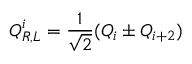
Q _ { R , L } ^ { i } = { \frac { 1 } { \sqrt { 2 } } } ( Q _ { i } \pm Q _ { i + 2 } )